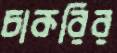
চাকরির